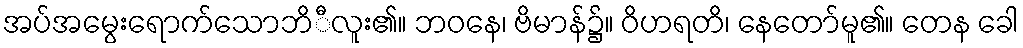
အပ်အမွေးရောက်သောဘိီလူး၏။ ဘဝနေ၊ ဗိမာန်၌။ ဝိဟရတိ၊ နေတော်မူ၏။ တေန ခေါ